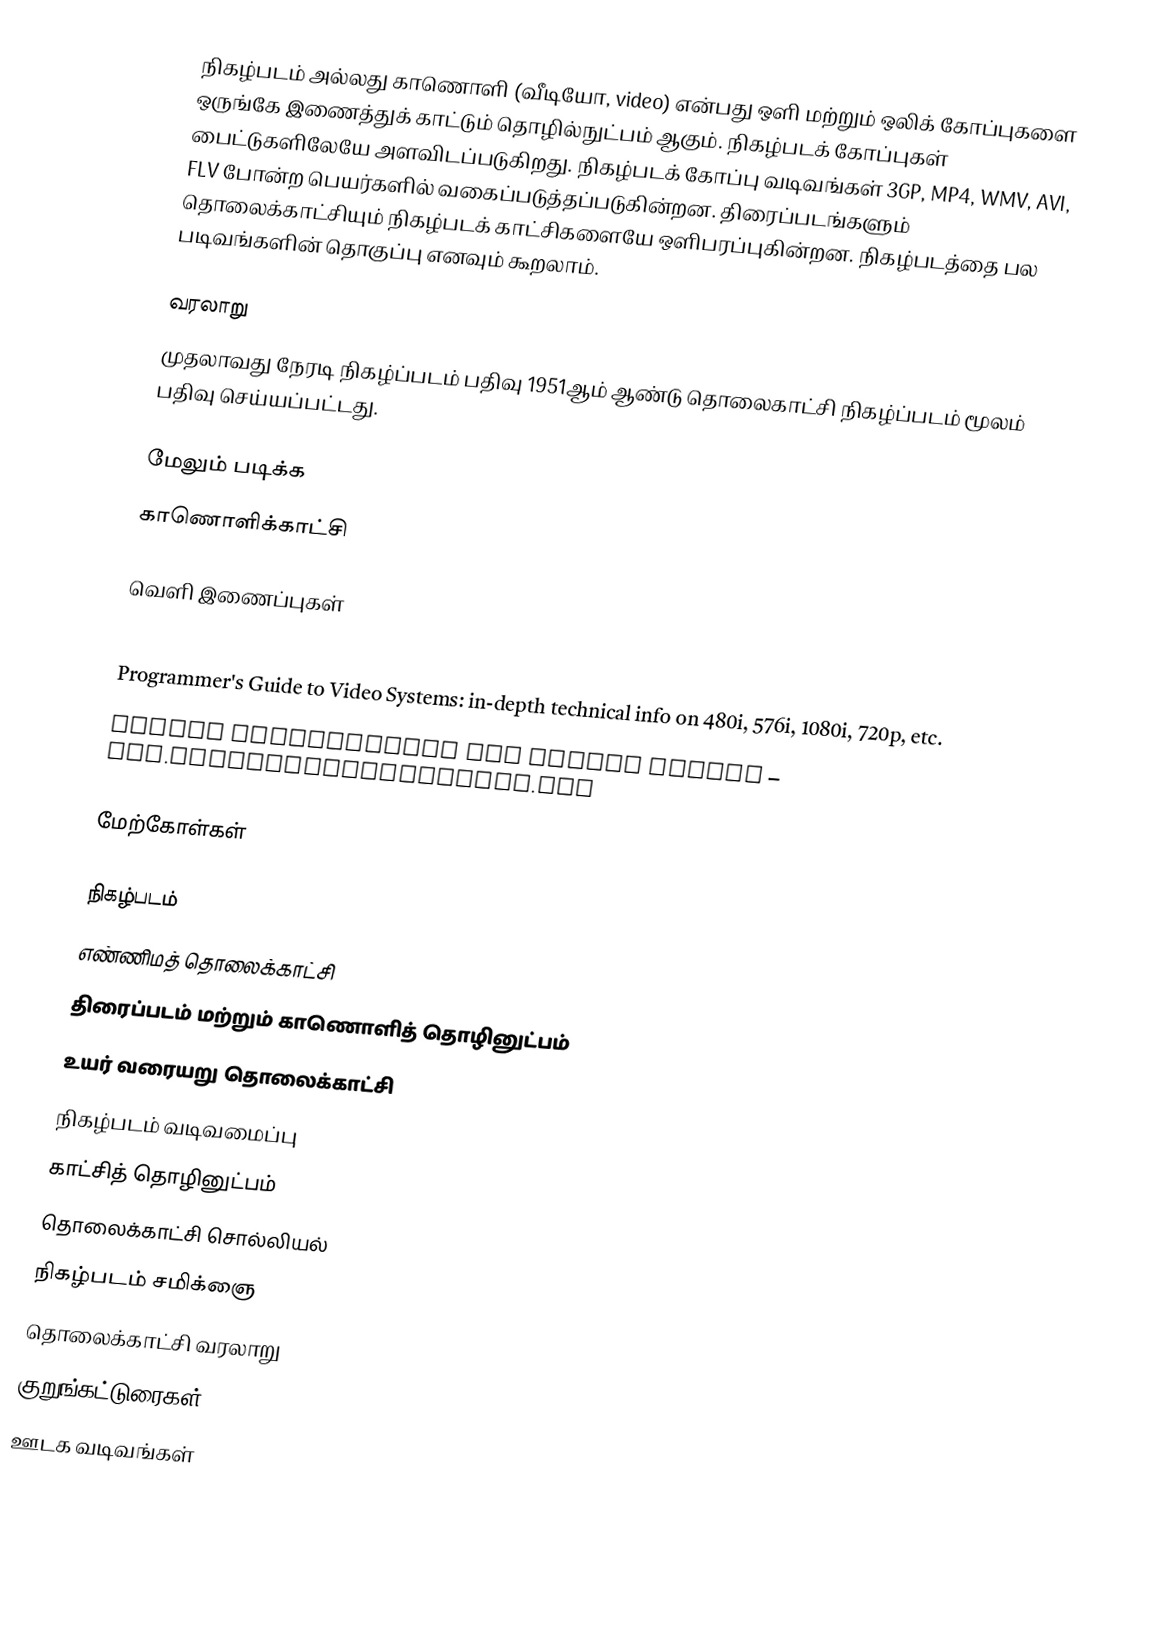
நிகழ்படம் அல்லது காணொளி (வீடியோ, video) என்பது ஒளி மற்றும் ஒலிக் கோப்புகளை ஒருங்கே இணைத்துக் காட்டும் தொழில்நுட்பம் ஆகும். நிகழ்படக் கோப்புகள் பைட்டுகளிலேயே அளவிடப்படுகிறது. நிகழ்படக் கோப்பு வடிவங்கள் 3GP, MP4, WMV, AVI, FLV போன்ற பெயர்களில் வகைப்படுத்தப்படுகின்றன. திரைப்படங்களும் தொலைக்காட்சியும் நிகழ்படக் காட்சிகளையே ஒளிபரப்புகின்றன. நிகழ்படத்தை பல படிவங்களின் தொகுப்பு எனவும் கூறலாம்.

வரலாறு
முதலாவது நேரடி நிகழ்ப்படம் பதிவு 1951ஆம் ஆண்டு தொலைகாட்சி நிகழ்ப்படம் மூலம் பதிவு செய்யப்பட்டது.

மேலும் படிக்க
காணொளிக்காட்சி

வெளி இணைப்புகள்

 Programmer's Guide to Video Systems: in-depth technical info on 480i, 576i, 1080i, 720p, etc.
 Format Descriptions for Moving Images – www.digitalpreservation.gov

மேற்கோள்கள்

நிகழ்படம்
எண்ணிமத் தொலைக்காட்சி
திரைப்படம் மற்றும் காணொளித் தொழினுட்பம்
உயர் வரையறு தொலைக்காட்சி
நிகழ்படம் வடிவமைப்பு
காட்சித் தொழினுட்பம்
தொலைக்காட்சி சொல்லியல்
நிகழ்படம் சமிக்ஞை
தொலைக்காட்சி வரலாறு
குறுங்கட்டுரைகள்
ஊடக வடிவங்கள்